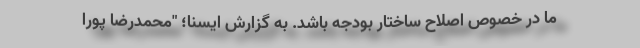
ما در خصوص اصلاح ساختار بودجه باشد. به گزارش ایسنا؛ "محمدرضا پورا